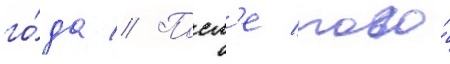
го́да // Посл'е того́